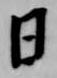
日